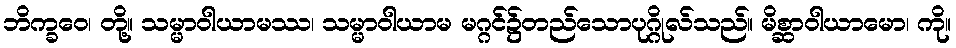
ဘိက္ခဝေ၊ တို့။ သမ္မာဝါယာမဿ၊ သမ္မာဝါယာမ မဂ္ဂင်၌တည်သောပုဂ္ဂိုလ်သည်။ မိစ္ဆာဝါယာမော၊ ကို။